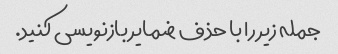
جمله زیر را با حذف ضمایر بازنویسی کنید.